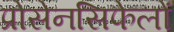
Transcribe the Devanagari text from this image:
प्रोसेनसिफेलों